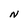
Character: N